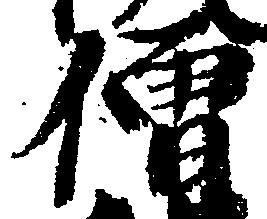
僧